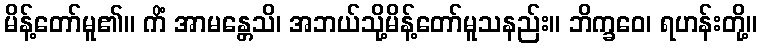
မိန့်တော်မူ၏။ ကိံ အာမန္တေသိ၊ အဘယ်သို့မိန့်တော်မူသနည်း။ ဘိက္ခဝေ၊ ရဟန်းတို့။